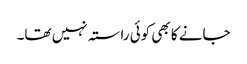
جانے کا بھی کوئی راستہ نہیں تھا۔